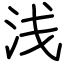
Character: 浅